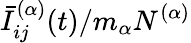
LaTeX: \bar{I}_{ij}^{(\alpha)}(t)/m_{\alpha}N^{(\alpha)}